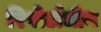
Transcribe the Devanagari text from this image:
रिपोर्टाधीन